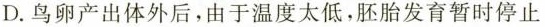
D.鸟卵产出体外后，由于温度太低，胚胎发育暂时停止